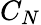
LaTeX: C_{N}